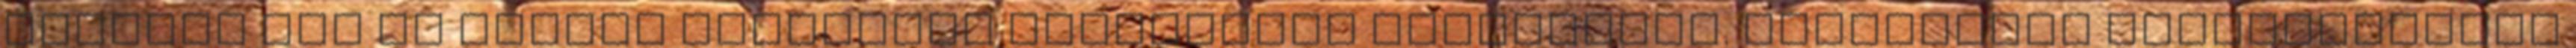
szükség van az általa képviselt oroszbarát politikára. Montenegró történelmében